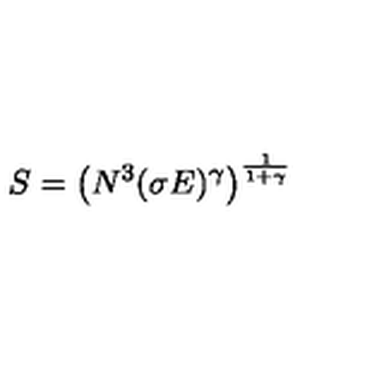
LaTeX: S = \left( N ^ { 3 } ( \sigma E ) ^ { \gamma } \right) ^ { \frac { 1 } { 1 + \gamma } }